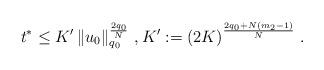
LaTeX: \begin{align*}t^\ast \le K^\prime \left\| u_0 \right\|_{q_0}^{\frac{2q_0}{N}} \, , K^\prime := \left( 2K \right)^{\frac{2q_0+N(m_2-1)}{N}} \, .\end{align*}